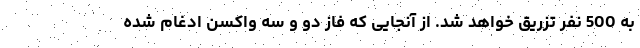
به 500 نفر تزریق خواهد شد. از آنجایی که فاز دو و سه واکسن ادغام شده